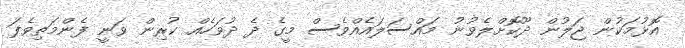
އޮޅުމަކުން ޖަލުން ދޫކޮށްލެވުނު މައްސަލައެއްވެސް މީގެ ދެ ދުވަހެއް ކުރިން ވަނީ ފެންމަތިވެފަ